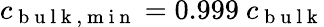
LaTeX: c_{\mathrm{~b~u~l~k~,~m~i~n~}}=0.999\ c_{\mathrm{~b~u~l~k~}}